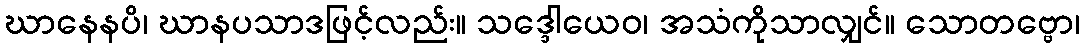
ဃာနေနပိ၊ ဃာနပသာဒဖြင့်လည်း။ သဒ္ဒေါယေဝ၊ အသံကိုသာလျှင်။ သောတဗ္ဗော၊